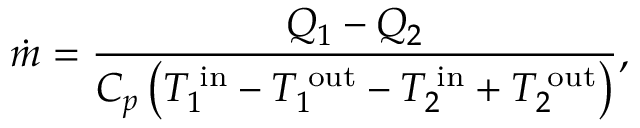
\dot { m } = \frac { Q _ { 1 } - Q _ { 2 } } { C _ { p } \left( T _ { 1 } ^ { \mathrm { \; i n } } - T _ { 1 } ^ { \mathrm { \; o u t } } - T _ { 2 } ^ { \mathrm { \; i n } } + T _ { 2 } ^ { \mathrm { \; o u t } } \right) } ,